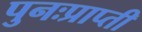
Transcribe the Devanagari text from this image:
पुनःप्राप्ती